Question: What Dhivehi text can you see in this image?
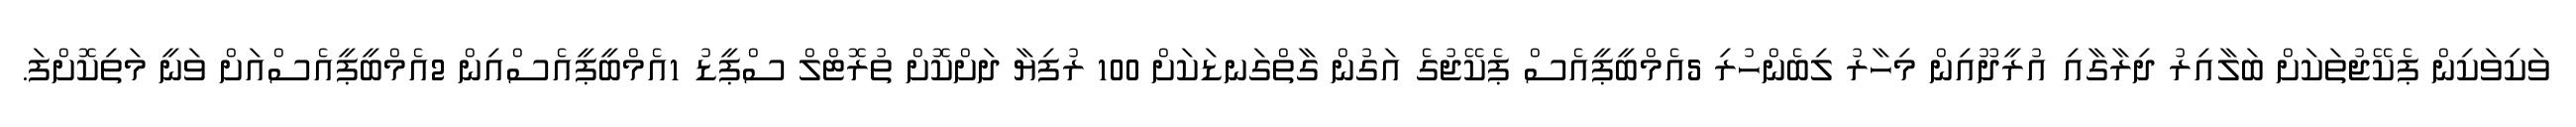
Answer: ވަކިވަކިން ޕެކޭޖުތަކަށް ބަލާއިރު ދިރާގާއި އުރީދޫއިން މިހާރު ލިބެންހުރި 5އެމްބީޕީއެސް ޕެކޭޖުގެ އަގުން ގާތްގަނޑަކަށް 100 ރުފިޔާ ދަށްކޮށް ތުރޮޓްލް ސްޕީޑު 1އެމްބީޕީއެސްއިން 2އެމްބީޕީއެސްއަށް ވަނީ މަތިކޮށްފަ.